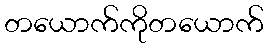
တယောက်ကိုတယောက်